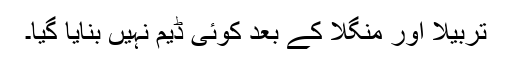
تربیلا اور منگلا کے بعد کوئی ڈیم نہیں بنایا گیا۔